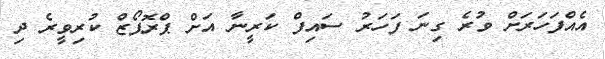
އެއްފަހަރަށް ވުރެ ގިނަ ފަހަރު ސައިފް ކަރީނާ އަށް ޕްރޮޕޯޒް ކުރިވީރެ ދި